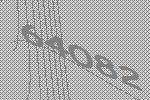
64082